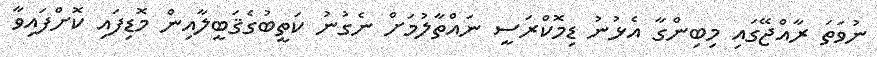
ނުވަތަ ރާއްޖޭގައި މިބިންގާ އެޅުނު ޑިމޮކްރަސީ ނައްތާލުމަށް ނެގުނު ކަތީބުގެޤަބީލާއިން މޮޑިފައި ކޮށްފައިވާ